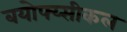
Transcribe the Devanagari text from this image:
बयोफ्य्सीकल